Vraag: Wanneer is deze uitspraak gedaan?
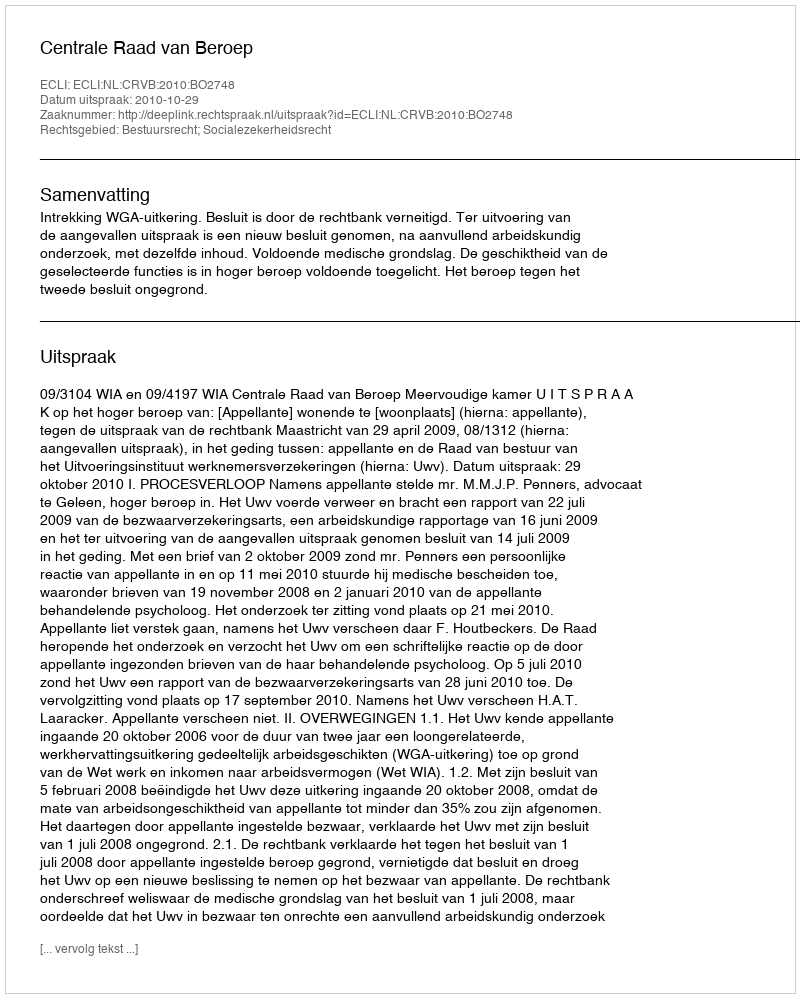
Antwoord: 2010-10-29